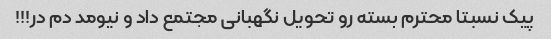
پیک نسبتا محترم بسته رو تحویل نگهبانی مجتمع داد و نیومد دم در!!!